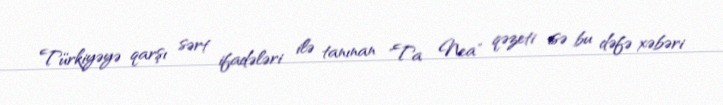
Türkiyəyə qarşı sərt ifadələri ilə tanınan "Ta Nea" qəzeti isə bu dəfə xəbəri